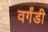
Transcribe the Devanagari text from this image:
वर्गंडी